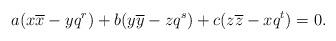
LaTeX: \begin{align*}a (x \overline x - y q^r) +b (y \overline y - z q^s) +c (z \overline z - x q^t) = 0.\end{align*}